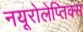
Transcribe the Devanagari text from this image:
नयूरोलेप्तिक्स